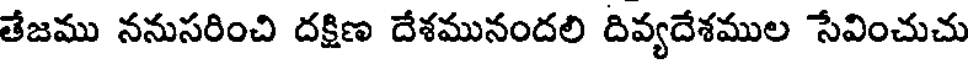
తేజము ననుసరించి దక్షిణ దేశమునందలి దివ్యదేశముల సేవించుచు